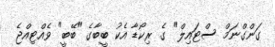
ގަންގްނަމް ސްޓައިލް" ގެ ރިކޯޑާ އެކު ބީބާގެ "ބޭބީ" ވެއްޓިއްޖެ